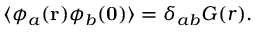
\langle \phi _ { a } ( { \bf r } ) \phi _ { b } ( { \bf 0 } ) \rangle = \delta _ { a b } G ( r ) .